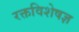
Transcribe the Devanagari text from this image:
रक्तविशेषज्ञ